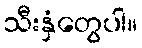
သီးနှံတွေပါ။